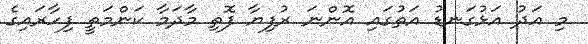
މި އަދު އަޅުގަނޑު އަތުގައި އޮންނަ ރުފިޔާ ފޮތި މާދަމާ ކަންމަތީ ފިހާރައިގެ